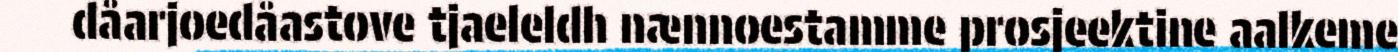
dåarjoedåastove tjaeleldh nænnoestamme prosjeektine aalkeme